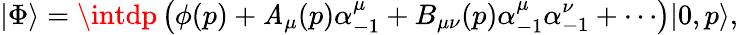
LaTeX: |\Phi\rangle=\intdp\left(\phi(p)+\mathit{A}_{\mu}(p)\alpha_{-1}^{\mu}+B_{\mu\nu}(p)\alpha_{-1}^{\mu}\alpha_{-1}^{\nu}+\cdots\right)|0,p\rangle,